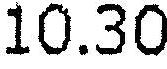
10.30